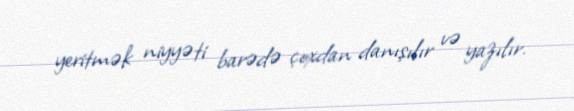
yeritmək niyyəti barədə çoxdan danışılır və yazılır.